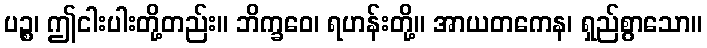
ပဉ္စ၊ ဤငါးပါးတို့တည်း။ ဘိက္ခဝေ၊ ရဟန်းတို့။ အာယတကေန၊ ရှည်စွာသော။